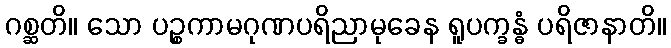
ဂစ္ဆတိ။ သော ပဉ္စကာမဂုဏပရိညာမုခေန ရူပက္ခန္ဓံ ပရိဇာနာတိ။